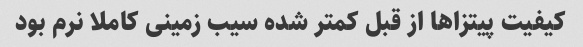
کیفیت پیتزاها از قبل کمتر شده سیب زمینی کاملا نرم بود